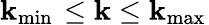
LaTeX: \mathbf{k}_{\operatorname*{min}{}}\le\mathbf{k}\le\mathbf{k}_{\operatorname*{max}{}}